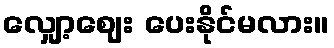
လျှော့ဈေး ပေးနိုင်မလား။